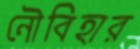
নৌবিহার